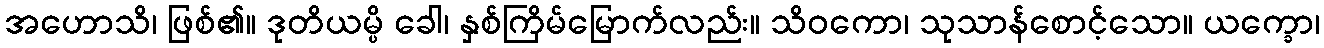
အဟောသိ၊ ဖြစ်၏။ ဒုတိယမ္ပိ ခေါ၊ နှစ်ကြိမ်မြောက်လည်း။ သိဝကော၊ သုသာန်စောင့်သော။ ယက္ခော၊